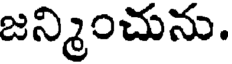
జన్మించును.